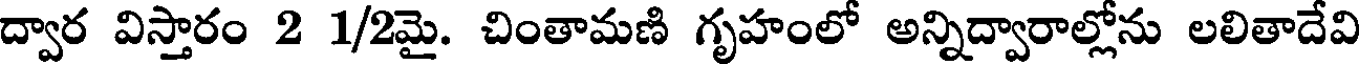
ద్వార విస్తారం 2 1/2మై. చింతామణి గృహంలో అన్నిద్వారాల్లోను లలితాదేవి